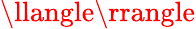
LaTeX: \llangle\rrangle